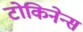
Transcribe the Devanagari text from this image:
टोकिनेन्स